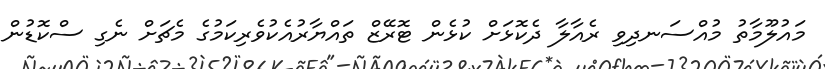
މައުލޫމާތު މުއްސަނދިވި ރެއާލާ ދެކޮޅަށް ކުޅެން ޓޮރޭޒް ތައްޔާރުއެކުވެރިކަމުގެ މެޗަށް ނެގި ސްކޮޑުން